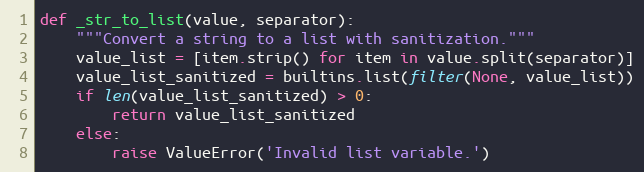
Language: Python
def _str_to_list(value, separator):
    """Convert a string to a list with sanitization."""
    value_list = [item.strip() for item in value.split(separator)]
    value_list_sanitized = builtins.list(filter(None, value_list))
    if len(value_list_sanitized) > 0:
        return value_list_sanitized
    else:
        raise ValueError('Invalid list variable.')